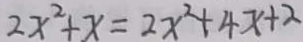
2 x ^ { 2 } + x = 2 x ^ { 2 } + 4 x + 2